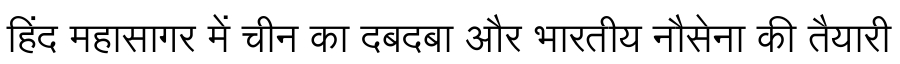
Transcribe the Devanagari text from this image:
हिंद महासागर में चीन का दबदबा और भारतीय नौसेना की तैयारी